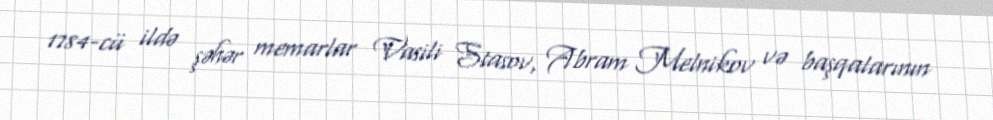
1784-cü ildə şəhər memarlar Vasili Stasov, Abram Melnikov və başqalarının